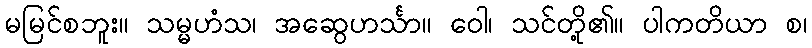
မမြင်စဘူး။ သမ္မဟံသ၊ အဆွေဟင်္သာ။ ဝေါ၊ သင်တို့၏။ ပါကတိယာ စ၊